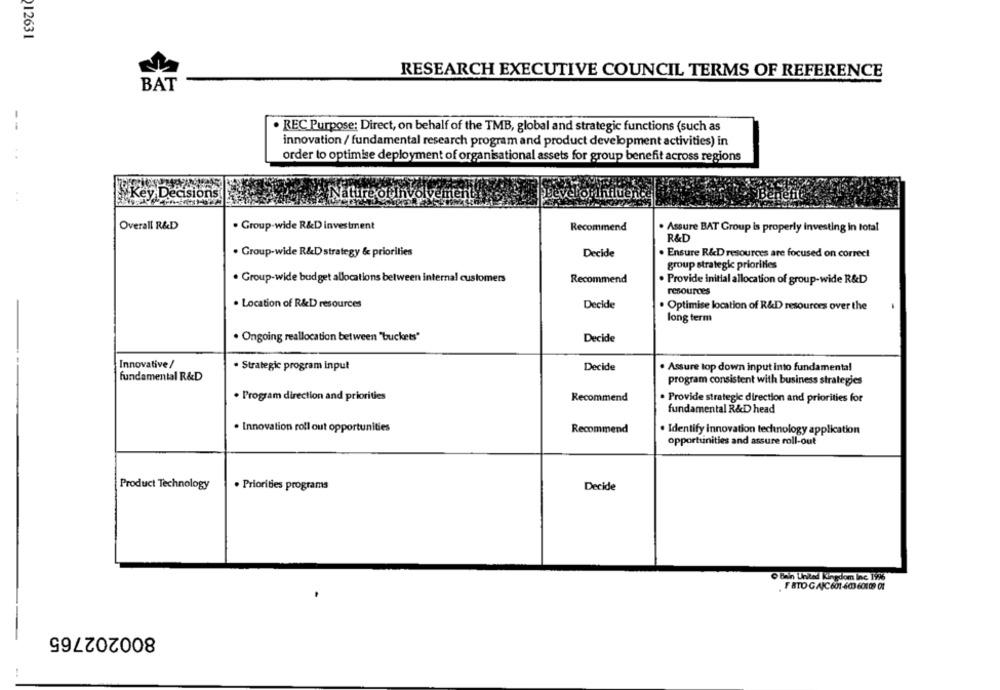
12631
RESEARCH EXECUTIVE COUNCIL TERMS OF REFERENCE
BAT
--
· REC Purpose: Direct, on behalf of the TMB, global and strategic functions (such as
innovation / fundamental research program and product development activities) in
order to optimise deployment of organisational assets for group benefit across regions
Key Decision
Nature of involvement
stopinfluena
Overall R&D
. Group-wide R&D investment
Recommend
. Assure BAT Group is properly investing in total
R&D
. Group-wide R&D strategy & priorities
Decide
. Ensure R&D resources are focused on correct
group strategic priorities
. Group-wide budget allocations between internal customers
Recommend
. Provide initial allocation of group-wide R&D
resources
. Location of R&D resources
Decide
. Optimise location of R&D resources over the
long term
· Ongoing reallocation between "buckets"
Decide
Innovative /
· Strategic program input
Decide
. Assure top down input into fundamental
fundamental R&D
program consistent with business strategies
. Program direction and priorities
Recommend
. Provide strategie direction and priorities for
fundamental R&D head
. Innovation roll out opportunities
Recommend
. Identify innovation technology application
opportunities and assure roll-out
Product Technology
. Priorities programs
Decide
O Bain United Kingdom Inc. 1996
F ATO GAIC 601-603 60109 01
800202765